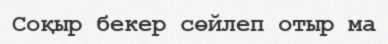
Соқыр бекер сөйлеп отыр ма